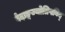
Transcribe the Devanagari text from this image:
वेदाङ्गज्याेतिषविद्